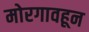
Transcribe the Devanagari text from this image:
मोरगावहून